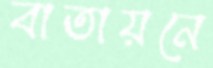
বাতায়নে